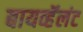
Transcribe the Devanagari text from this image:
बायव्हॅलंट